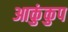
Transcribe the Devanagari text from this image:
आकुंकुप